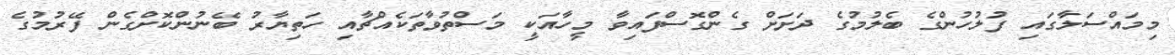
މިމައްސަލާގައި ފުލުހުންގެ ބެލުމުގެ ދަށަށް ގެންގޮސްފައިވާ މީހާއަކީ މަސްތުވާތަކެއްޗާއި ހަތިޔާރު ބޭނުންކޮށްގެން ފޭރުމުގެ